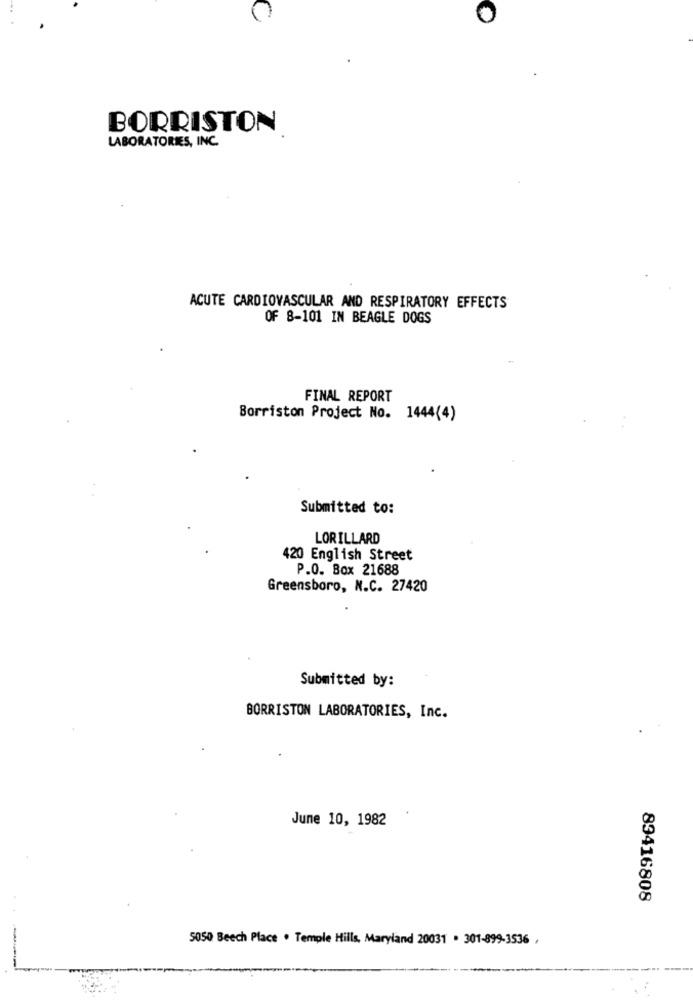
BORRISTON
LABORATORIES, INC.
ACUTE CARDIOVASCULAR AND RESPIRATORY EFFECTS
OF 8-101 IN BEAGLE DOGS
FINAL REPORT
Borriston Project No. 1444(4)
Submitted to:
LORILLARD
420 English Street
P.O. Box 21688
Greensboro, N.C. 27420
Submitted by:
BORRISTON LABORATORIES, Inc.
June 10, 1982
89416808
5050 Beech Place . Temple Hills, Maryland 20031 . 301-899-3536 ,